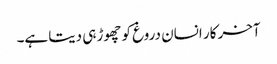
آخر کار انسان دروغ کو چھوڑ ہی دیتا ہے۔